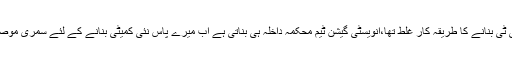
انہوں نے کہا کہ نقیب اللہ کیس میں پولیس کا جے آئی ٹی بنانے کا طریقہ کار غلط تھا،انویسٹی گیشن ٹیم محکمہ داخلہ ہی بناتی ہے اب میرے پاس نئی کمیٹی بنانے کے لئے سمری موصول ہوچکی ہے جس پرجلد ہی عمل درآمد ہوجائے گا۔